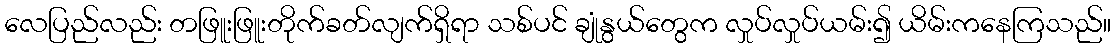
လေပြည်လည်း တဖြူးဖြူးတိုက်ခတ်လျက်ရှိရာ သစ်ပင် ချုံနွယ်တွေက လှုပ်လှုပ်ယမ်း၍ ယိမ်းကနေကြသည်။